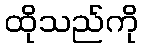
ထိုသည်ကို